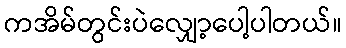
ကအိမ်တွင်းပဲလျှော့ပေါ့ပါတယ်။